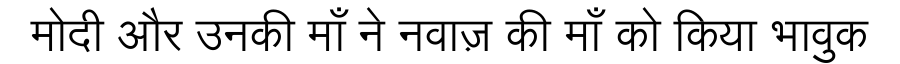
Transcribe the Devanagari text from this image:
मोदी और उनकी माँ ने नवाज़ की माँ को किया भावुक